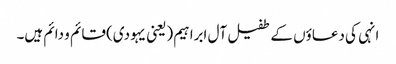
انہی کی دعاؤں کے طفیل آل ابراہیم (یعنی یہودی) قائم و دائم ہیں۔